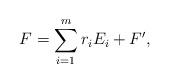
LaTeX: \begin{align*}F = \sum_{i=1}^m r_i E_i + F',\end{align*}